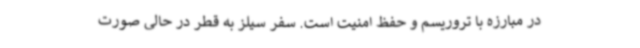
در مبارزه با تروریسم و حفظ امنیت است. سفر سیلز به قطر در حالی صورت